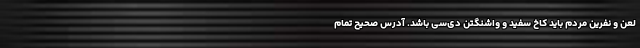
لعن و نفرین مردم باید کاخ سفید و واشنگتن دی‌سی باشد. آدرس صحیح تمام